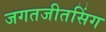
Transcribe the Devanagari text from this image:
जगतजीतसिंग